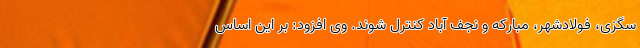
سگزی، فولادشهر، مبارکه و نجف آباد کنترل شوند. وی افزود: بر این اساس